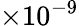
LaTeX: \times 10^{-9}